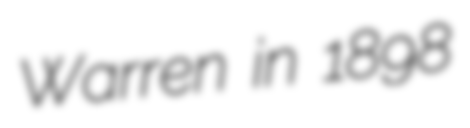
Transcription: Warren in 1898